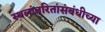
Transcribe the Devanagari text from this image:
स्थलांतरितांसंबंधीच्या